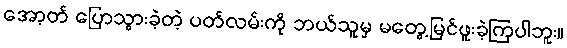
အော့တ် ပြောသွားခဲ့တဲ့ ပတ်လမ်းကို ဘယ်သူမှ မတွေ့မြင်ဖူးခဲ့ကြပါဘူး။